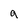
Character: q